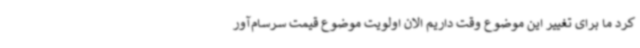
کرد ما برای تغییر این موضوع وقت داریم الان اولویت موضوع قیمت سرسام‌آور